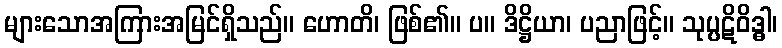
များသောအကြားအမြင်ရှိသည်။ ဟောတိ၊ ဖြစ်၏။ ပ။ ဒိဋ္ဌိယာ၊ ပညာဖြင့်။ သုပ္ပဋိဝိဒ္ဓါ၊